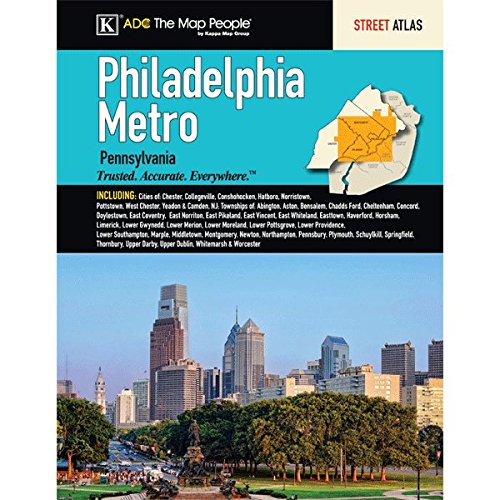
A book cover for Philadelphia Metro Pennsylvania Street Atlas; ADC; Travel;